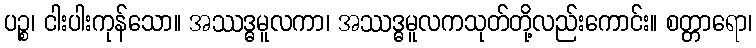
ပဉ္စ၊ ငါးပါးကုန်သော။ အဿဒ္ဓမူလကာ၊ အဿဒ္ဓမူလကသုတ်တို့လည်းကောင်း။ စတ္တာရော၊